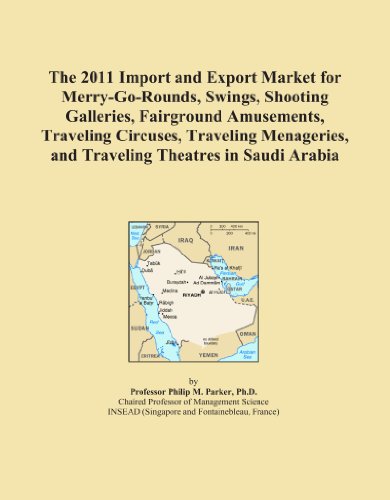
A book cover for The 2011 Import and Export Market for Merry-Go-Rounds, Swings, Shooting Galleries, Fairground Amusements, Traveling Circuses, Traveling Menageries, and Traveling Theatres in Saudi Arabia; Icon Group International; Travel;